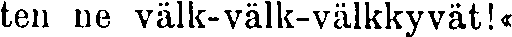
ten ne välk-välk-välkkyvät!«